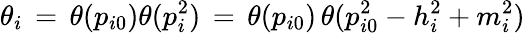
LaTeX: \theta_{i}\, =\, \theta(p_{i0})\theta(p_{i}^{2})\, =\, \theta(p_{i0})\, \theta(p_{i0}^{2}-h_{i}^{2}+m_{i}^{2})